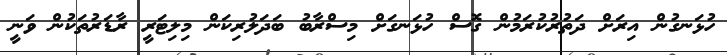
ހުޅަނގުން އިރަށް ދަތުރުކުރަމުން ގޮސް ހުޅަނގަށް މިސްރާބު ބަދަލުރިކަން މިލިޓަރީ ރާޑަރުތަކުން ވަނީ